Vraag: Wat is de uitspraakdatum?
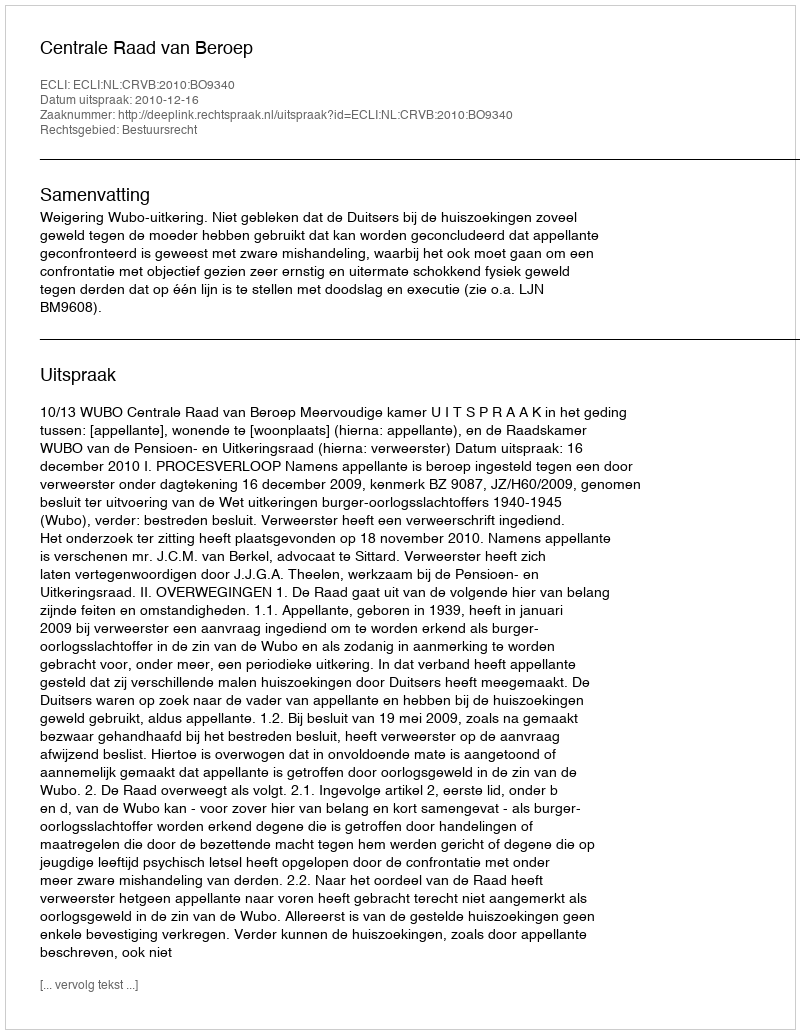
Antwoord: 2010-12-16